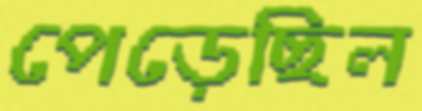
পেড়েছিল